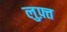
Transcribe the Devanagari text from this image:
लुफ़्त